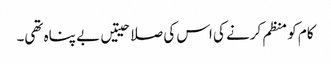
کام کو منظم کرنے کی اس کی صلاحیتیں بے پناہ تھی۔